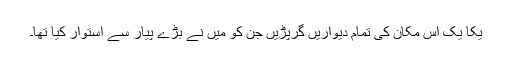
یکا یک اس مکان کی تمام دیواریں گرپڑیں جن کو میں نے بڑے پیار سے استوار کیا تھا۔